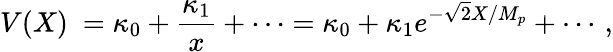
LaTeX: V(X)\ =\kappa_{0}+{\frac{\kappa_{1}}{x}}+\cdots=\kappa_{0}+\kappa_{1}e^{-\sqrt{2}X/M_{p}}+\cdots\, ,